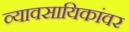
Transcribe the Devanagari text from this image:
व्यावसायिकांवर